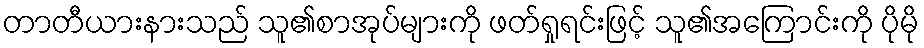
တာတီယားနားသည် သူ၏စာအုပ်များကို ဖတ်ရှုရင်းဖြင့် သူ၏အကြောင်းကို ပိုမို